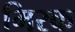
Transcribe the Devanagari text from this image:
मिरक